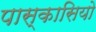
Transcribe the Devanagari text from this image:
पास्कासियो